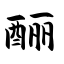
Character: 酾